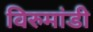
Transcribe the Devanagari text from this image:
विरुमांडी